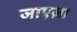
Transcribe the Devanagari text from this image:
जाएज़ा